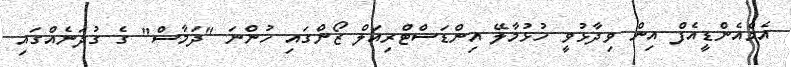
އެމްއެންޑީއެފް އިން ވިދާޅުވީ ހުޅުމާލޭ އިންޑަަސްޓްރިއަލް ޒޯންގައި ހުންނަ "ދަމާސް" ގެ ގުދަނެއްގައި